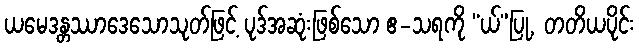
ယမေဒန္တဿာဒေသောသုတ်ဖြင့် ပုဒ်အဆုံးဖြစ်သော ဧ-သရကို “ယ်”ပြု, တတိယပိုင်း